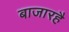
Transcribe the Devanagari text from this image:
बाजारहै